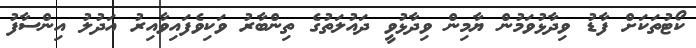
ކޯޓުތަކަށް ފާޑު ވިދާޅުވަމުން ޔާމިން ވިދާޅުވީ ދައުލަތުގެ ތިންބާރު ވަކިވެފައިވާއިރު އަދުލު އިންސާފު